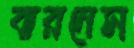
বারনেস